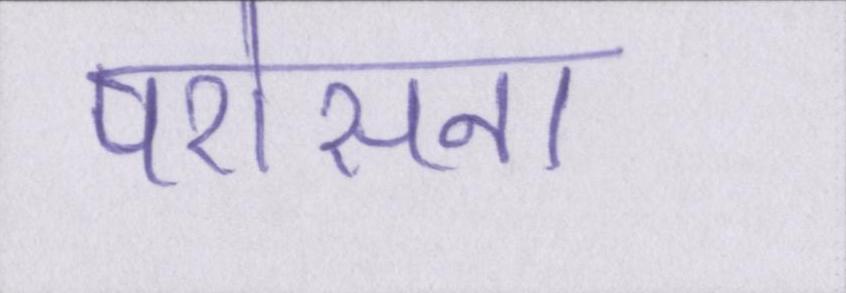
परोसना